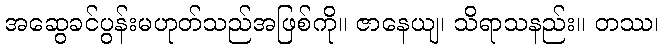
အဆွေခင်ပွန်းမဟုတ်သည်အဖြစ်ကို။ ဇာနေယျ၊ သိရာသနည်း။ တဿ၊